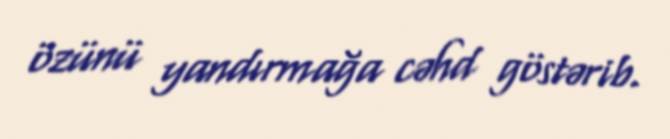
özünü yandırmağa cəhd göstərib.